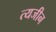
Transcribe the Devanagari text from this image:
त्यजीन